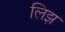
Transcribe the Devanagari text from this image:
लिझ